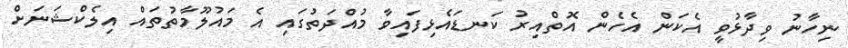
ނިހާނު ވިދާޅުވީ އެކަން އެހެން އޮތްއިރު ކަނޑައެޅިފައިވާ މުއްދަތުގައި އެ މައުލޫމާތުތައް އިލެކްޝަނަށް